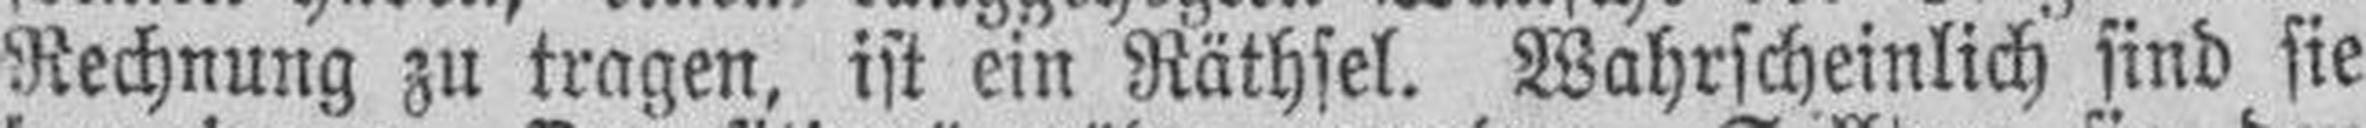
Rechnung zu tragen, ist ein Räthsel. Wahrscheinlich sind sie